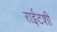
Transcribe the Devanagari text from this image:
राईटशी